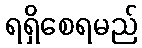
ရရှိစေရမည်